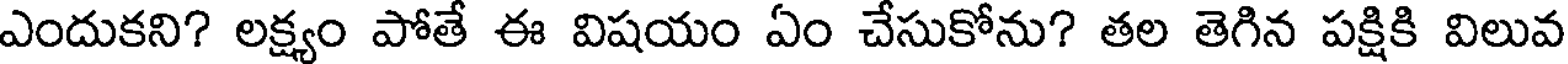
ఎందుకని? లక్ష్యం పోతే ఈ విషయం ఏం చేసుకోను? తల తెగిన పక్షికి విలువ